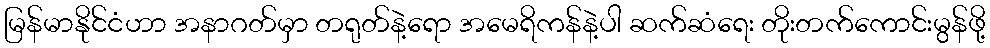
မြန်မာနိုင်ငံဟာ အနာဂတ်မှာ တရုတ်နဲ့ရော အမေရိကန်နဲ့ပါ ဆက်ဆံရေး တိုးတက်ကောင်းမွန်ဖို့